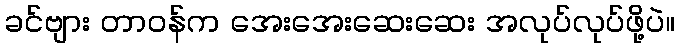
ခင်ဗျား တာဝန်က အေးအေးဆေးဆေး အလုပ်လုပ်ဖို့ပဲ။